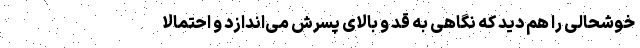
خوشحالی را هم دید که نگاهی به قد و بالای پسرش می‌اندازد و احتمالا